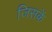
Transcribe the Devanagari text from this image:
जिसकें